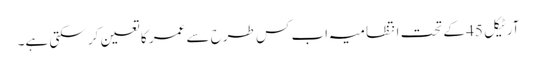
آرٹیکل 45 کے تحت انتظامیہ اب کس طرح سے عمر کا تعین کر سکتی ہے۔